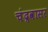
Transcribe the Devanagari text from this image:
चंद्रवासर